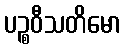
ပဉ္စဝီသတိမော